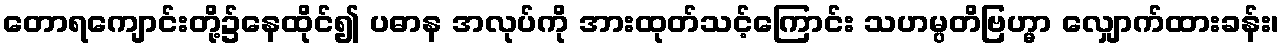
တောရကျောင်းတို့၌နေထိုင်၍ ပဓာန အလုပ်ကို အားထုတ်သင့်ကြောင်း သဟမ္ပတိဗြဟ္မာ လျှောက်ထားခန်း၊